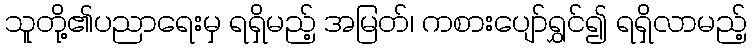
သူတို့၏ပညာရေးမှ ရရှိမည့် အမြတ်၊ ကစားပျော်ရွှင်၍ ရရှိလာမည့်